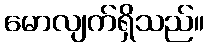
မောလျက်ရှိသည်။